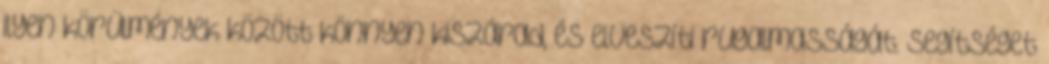
ilyen körülmények között könnyen kiszárad, és elveszíti rugalmasságát. Segítséget